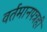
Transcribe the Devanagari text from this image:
वर्तमानपत्रही